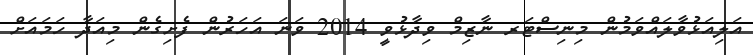
އަލިއަޅުވާލައްވަމުން މިނިސްޓަރ ނާޒިމް ވިދާޅުވީ 2014 ވަނަ އަހަރުން ފެށިގެން މިއަދާ ހަމައަށް